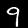
Digit: 9